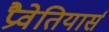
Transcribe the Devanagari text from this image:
प्रैवेतियार्स